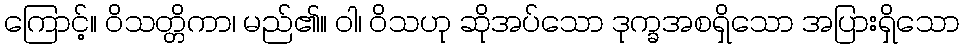
ကြောင့်။ ဝိသတ္တိကာ၊ မည်၏။ ဝါ၊ ဝိသဟု ဆိုအပ်သော ဒုက္ခအစရှိသော အပြားရှိသော